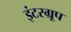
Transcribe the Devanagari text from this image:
इंटरग्रूप